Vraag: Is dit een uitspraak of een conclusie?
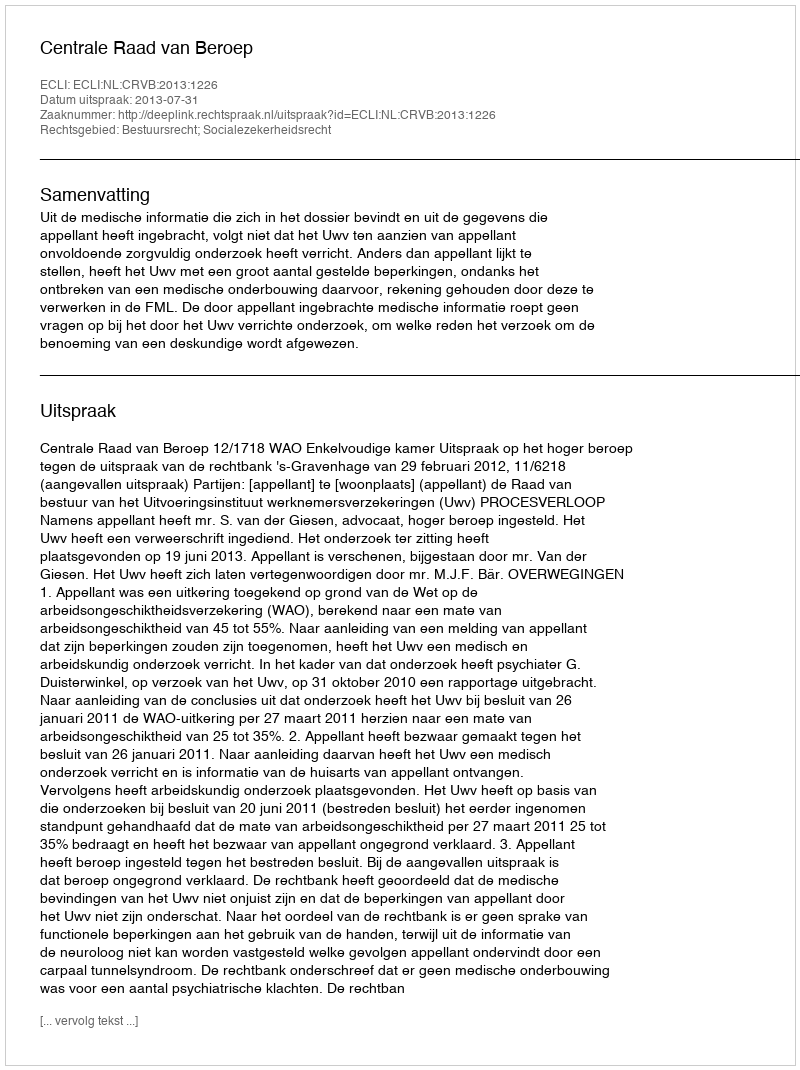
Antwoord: Uitspraak